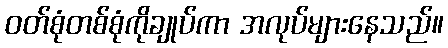
ဝတ်စုံတစ်စုံကိုချုပ်ကာ အလုပ်များနေသည်။